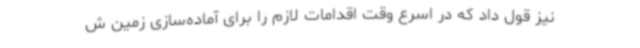
نیز قول داد که در اسرع وقت اقدامات لازم را برای آماده‌سازی زمین ش